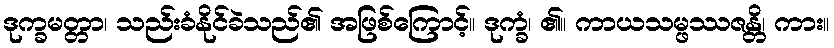
ဒုက္ခမတ္တာ၊ သည်းခံနိုင်ခဲသည်၏ အဖြစ်ကြောင့်။ ဒုက္ခံ၊ ၏။ ကာယသမ္ဖဿဇန္တိ၊ ကား။